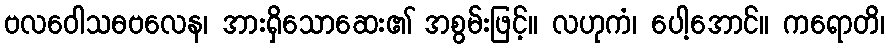
ဗလဝေါသဓဗလေန၊ အားရှိသောဆေး၏ အစွမ်းဖြင့်။ လဟုကံ၊ ပေါ့အောင်။ ကရောတိ၊